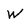
Character: W